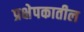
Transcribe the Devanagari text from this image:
प्रक्षेपकातील